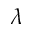
\lambda